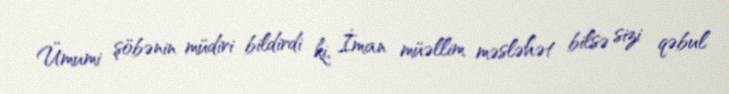
Ümumi şöbənin müdiri bildirdi ki, İman müəllim məsləhət bilsə sizi qəbul